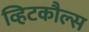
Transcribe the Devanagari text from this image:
व्हिटकौल्स